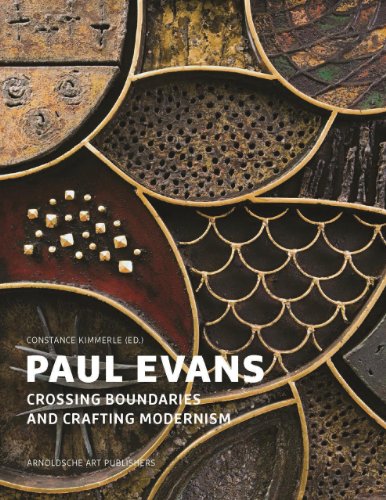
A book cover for Paul Evans: Crossing Boundaries and Crafting Modernism; Arts & Photography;